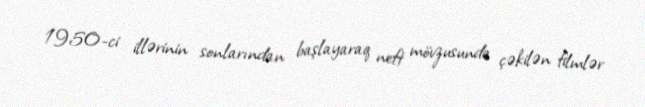
1950-ci illərinin sonlarından başlayaraq neft mövzusunda çəkilən filmlər